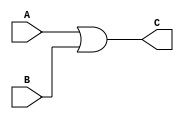
`timescale 1ns/1ps
module orMod(A, B, C);

    input A, B;
    output C;

    assign C = A|B;

endmodule

module tb;

    reg A, B;
    wire C;

    orMod or1(A, B, C);

    initial begin
        $dumpfile("or.vcd");
        $dumpvars(0, tb);
        $monitor("A = %b, B = %b, C = %b", A, B, C);
        A = 1;
        B = 1;
        #2;
        // $display("A = %b, B = %b, C = %b", A, B, C);
        #15;
        A = 1;
        B = 0;
        #2;
        // $display("A = %b, B = %b, C = %b", A, B, C);
        #15;
        A = 0;
        B = 1;
        #2;
        // $display("A = %b, B = %b, C = %b", A, B, C);
        #15;
        A = 0;
        B = 0;
        #2;
        // $display("A = %b, B = %b, C = %b", A, B, C);
        #15;
    end
    
endmodule